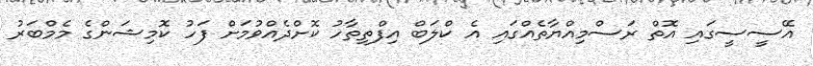
އޭސީސީގައި އޮތް ރަސްމިއްޔާތެއްގައި އެ ކްލަބް އިފްތިތާހު ކޮށްދެއްވުމަށް ފަހު ކޮމިޝަންގެ މެމްބަރު